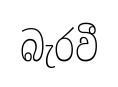
බැරවී